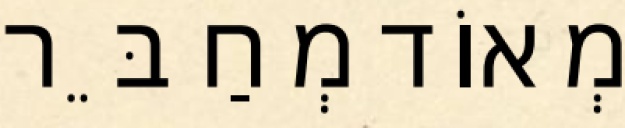
מְאוֹד מְחַבֵּר